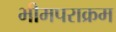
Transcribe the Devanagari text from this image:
भीमपराक्रम